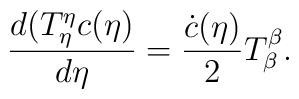
\frac{d( T^{\eta}_{\eta}c(\eta)}{d  \eta}=\frac{\dot{c}(\eta)}{2}T^{\beta}_{\beta}.